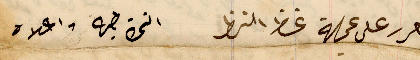
حرر على عجالة غظ النظر		النمرة طيه واعلاه